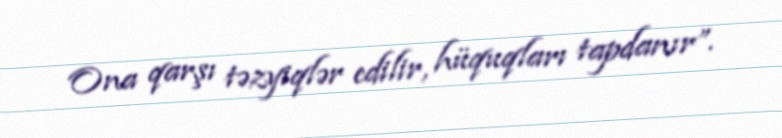
Ona qarşı təzyiqlər edilir, hüquqları tapdanır”.